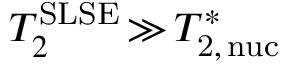
T _ { 2 } ^ { \mathrm { S L S E } } \, { \gg } \, T _ { \mathrm { 2 , \, n u c } } ^ { \ast }